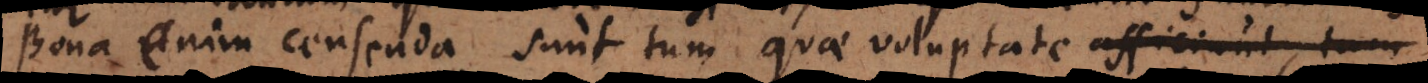
Bona enim censenda sunt tum quae voluptate afficiunt, tum